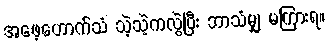
အဖေ့ဟောက်သံ သဲ့သဲ့ကလွဲပြီး ဘာသံမျှ မကြားရ။